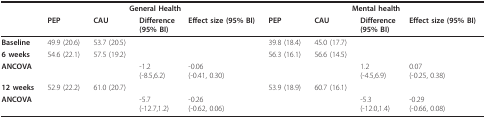
<table><thead><tr><td></td><td colspan="4"><b>General Health</b></td><td colspan="4"><b>Mental health</b></td></tr><tr><td></td><td><b>PEP</b></td><td><b>CAU</b></td><td><b>Difference (95% BI)</b></td><td><b>Effect size (95% BI)</b></td><td><b>PEP</b></td><td><b>CAU</b></td><td><b>Difference (95% BI)</b></td><td><b>Effect size (95% BI)</b></td></tr></thead><tbody><tr><td><b>Baseline</b></td><td>49.9 (20.6)</td><td>53.7 (20.5)</td><td></td><td></td><td>39.8 (18.4)</td><td>45.0 (17.7)</td><td></td><td></td></tr><tr><td><b>6 weeks</b></td><td>54.6 (22.1)</td><td>57.5 (19.2)</td><td></td><td></td><td>56.3 (16.1)</td><td>56.6 (14.5)</td><td></td><td></td></tr><tr><td><b>ANCOVA</b></td><td></td><td></td><td>-1.2 (-8.5,6.2)</td><td>-0.06 (-0.41, 0.30)</td><td></td><td></td><td>1.2 (-4.5,6.9)</td><td>0.07 (-0.25, 0.38)</td></tr><tr><td><b>12 weeks</b></td><td>52.9 (22.2)</td><td>61.0 (20.7)</td><td></td><td></td><td>53.9 (18.9)</td><td>60.7 (16.1)</td><td></td><td></td></tr><tr><td><b>ANCOVA</b></td><td></td><td></td><td>-5.7 (-12.7,1.2)</td><td>-0.26 (-0.62, 0.06)</td><td></td><td></td><td>-5.3 (-12.0,1.4)</td><td>-0.29 (-0.66, 0.08)</td></tr></tbody></table>